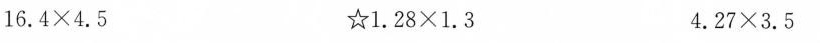
$$1 6 . 4 × 4 . 5 $$$$☆1 . 2 8 × 1 . 3$$$$ 4 . 2 7 × 3 . 5 0$$